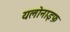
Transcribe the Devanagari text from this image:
यलोनाइफ़